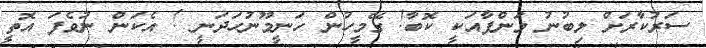
ސަރުކާރަށް ލިބުނު މަންފާއަކީ ކޮބާ! ގޭމީހުން ހަނީމޫނުހަދަނީ ! އެކަން ނުވެފަ އޮތީ